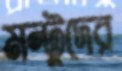
মন্টুদের